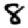
Digit: 8